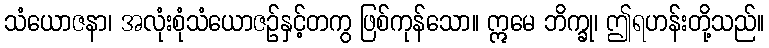
သံယောဇနာ၊ အလုံးစုံသံယောဇဉ်နှင့်တကွ ဖြစ်ကုန်သော။ ဣမေ ဘိက္ခု၊ ဤရဟန်းတို့သည်။